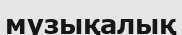
музықалық